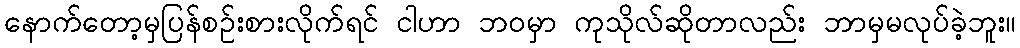
နောက်တော့မှပြန်စဉ်းစားလိုက်ရင် ငါဟာ ဘဝမှာ ကုသိုလ်ဆိုတာလည်း ဘာမှမလုပ်ခဲ့ဘူး။